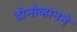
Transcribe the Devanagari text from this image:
डोनोव्हानने